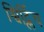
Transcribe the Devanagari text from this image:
श्विर्ट्लिच